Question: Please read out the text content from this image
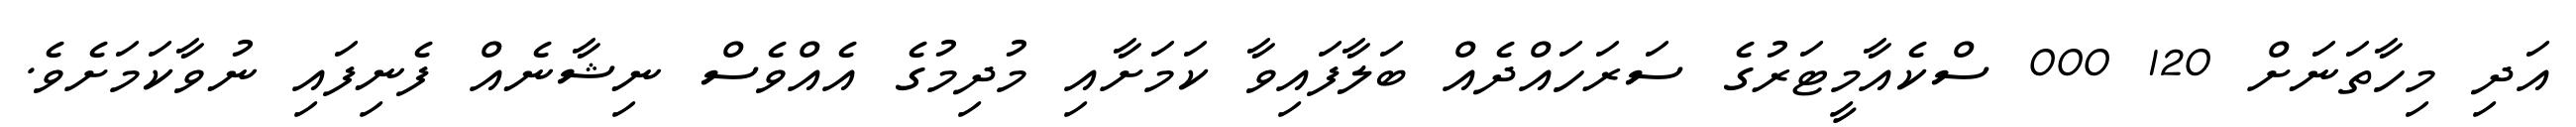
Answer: އަދި މިހާތަނަށް 120 000 ސްކެއާމީޓަރުގެ ސަރަހައްދެއް ބަލާފައިވާ ކަމަށާއި މުދިމުގެ އެއްވެސް ނިޝާނެއް ފެނިފައި ނުވާކަމަށެވެ.